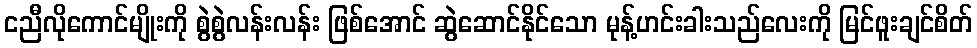
ငညီလိုကောင်မျိုးကို စွဲစွဲလန်းလန်း ဖြစ်အောင် ဆွဲဆောင်နိုင်သော မုန့်ဟင်းခါးသည်လေးကို မြင်ဖူးချင်စိတ်